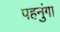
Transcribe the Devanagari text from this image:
पहनुंगा